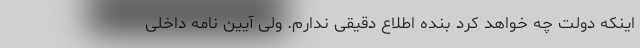
اینکه دولت چه خواهد کرد بنده اطلاع دقیقی ندارم. ولی آیین نامه داخلی